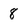
Character: 8